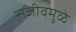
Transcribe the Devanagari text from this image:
सजीवमुळे